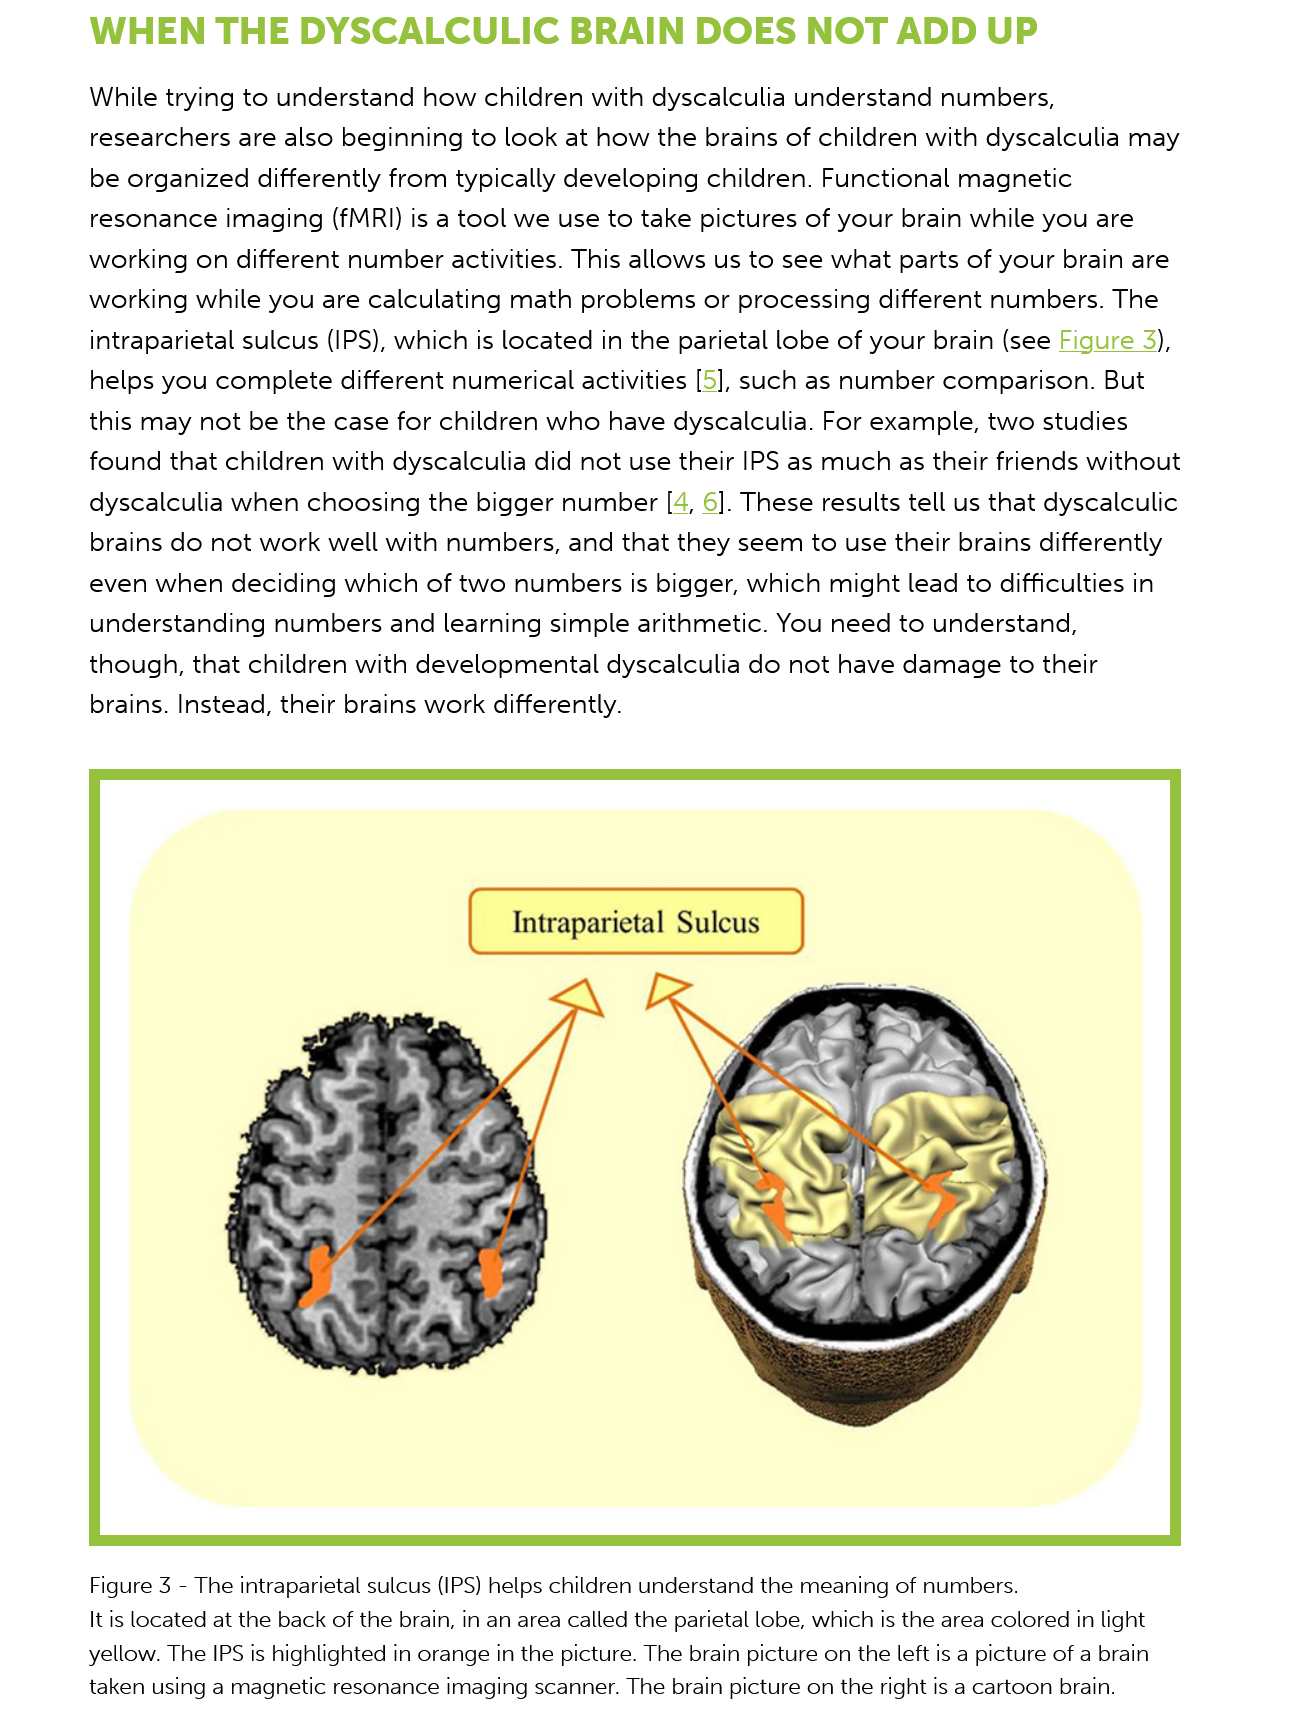
WHEN    THE    DYSCALCULIC    BRAIN    DOES    NOT    ADD    UP
     While trying to understand  how  children with dyscalculia understand   numbers,
     researchers  are also beginning to look at how  the brains of children with dyscalculia may
     be organized  differently from typically developing children. Functional magnetic
     resonance imaging   (fMRI) is a tool we use to take pictures of your brain while you are
     working  on different number activities. This allows us to see what parts of your brain are
     working  while you  are calculating math problems   or processing different numbers.  The
     intraparietal sulcus (IPS), which is located in the parietal lobe of your brain (see Figure 3),
     helps you  complete  different numerical activities [5], such as number comparison.  But
     this may not  be the case for children who  have dyscalculia. For example,  two studies
     found  that children with dyscalculia did not use their IPS as much as their friends without
     dyscalculia when  choosing   the bigger number [4, 6]. These  results tell us that dyscalculic
     brains do not work  well with numbers,  and  that they seem  to use their brains differently
     even  when deciding  which  of two  numbers is  bigger, which might lead  to difficulties in
     understanding   numbers and learning   simple arithmetic. You need  to understand,
     though, that children with developmental    dyscalculia do not have damage  to  their
     brains. Instead, their brains work differently.

     4
     EX\ANwS

     aD
     ee
     LAY
     =

     Qa 2 S aoe
     Figure 3
     -
     The intraparietal sulcus (IPS) helps children understand the meaning of numbers.
     It is located at the back of the brain, in an area called the parietal lobe, which is the area colored in light
     yellow. The IPS is highlighted in orange in the picture. The brain picture on the left is a picture of a brain
     taken using a magnetic resonance imaging scanner. The brain picture on the right is a cartoon brain.